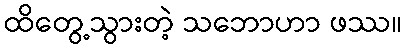
ထိတွေ့သွားတဲ့ သဘောဟာ ဖဿ။